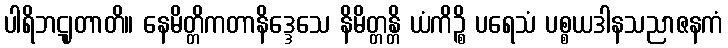
ပါရိဘဋျတာတိ။ နေမိတ္တိကတာနိဒ္ဒေသေ နိမိတ္တန္တိ ယံကိဉ္စိ ပရေသံ ပစ္စယဒါနသညာဇနကံ